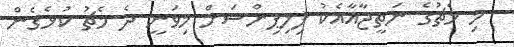
މި މެޗުގެ ނަތީޖާއާއެކު ފިލިޕިންސަށް މިވަނީ ދެ މެޗު ކުޅެގެން